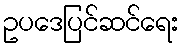
ဥပဒေပြင်ဆင်ရေး